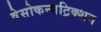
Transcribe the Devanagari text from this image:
वेसोकन्सट्रिक्शन